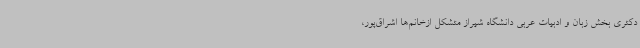
دکتری بخش زبان و ادبیات عربی دانشگاه شیراز متشکل ازخانم‌ها اشراق‌پور،